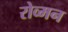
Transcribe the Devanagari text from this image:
रोव्मन